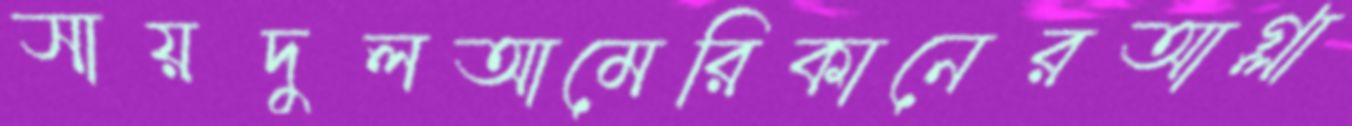
সায়দুলআমেরিকানেরআগ্‌লা